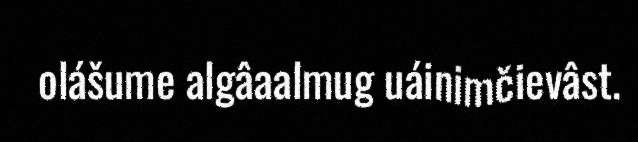
olášume algâaalmug uáinimčievâst.